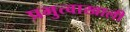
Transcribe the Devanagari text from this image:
प्रभुत्वाखाली